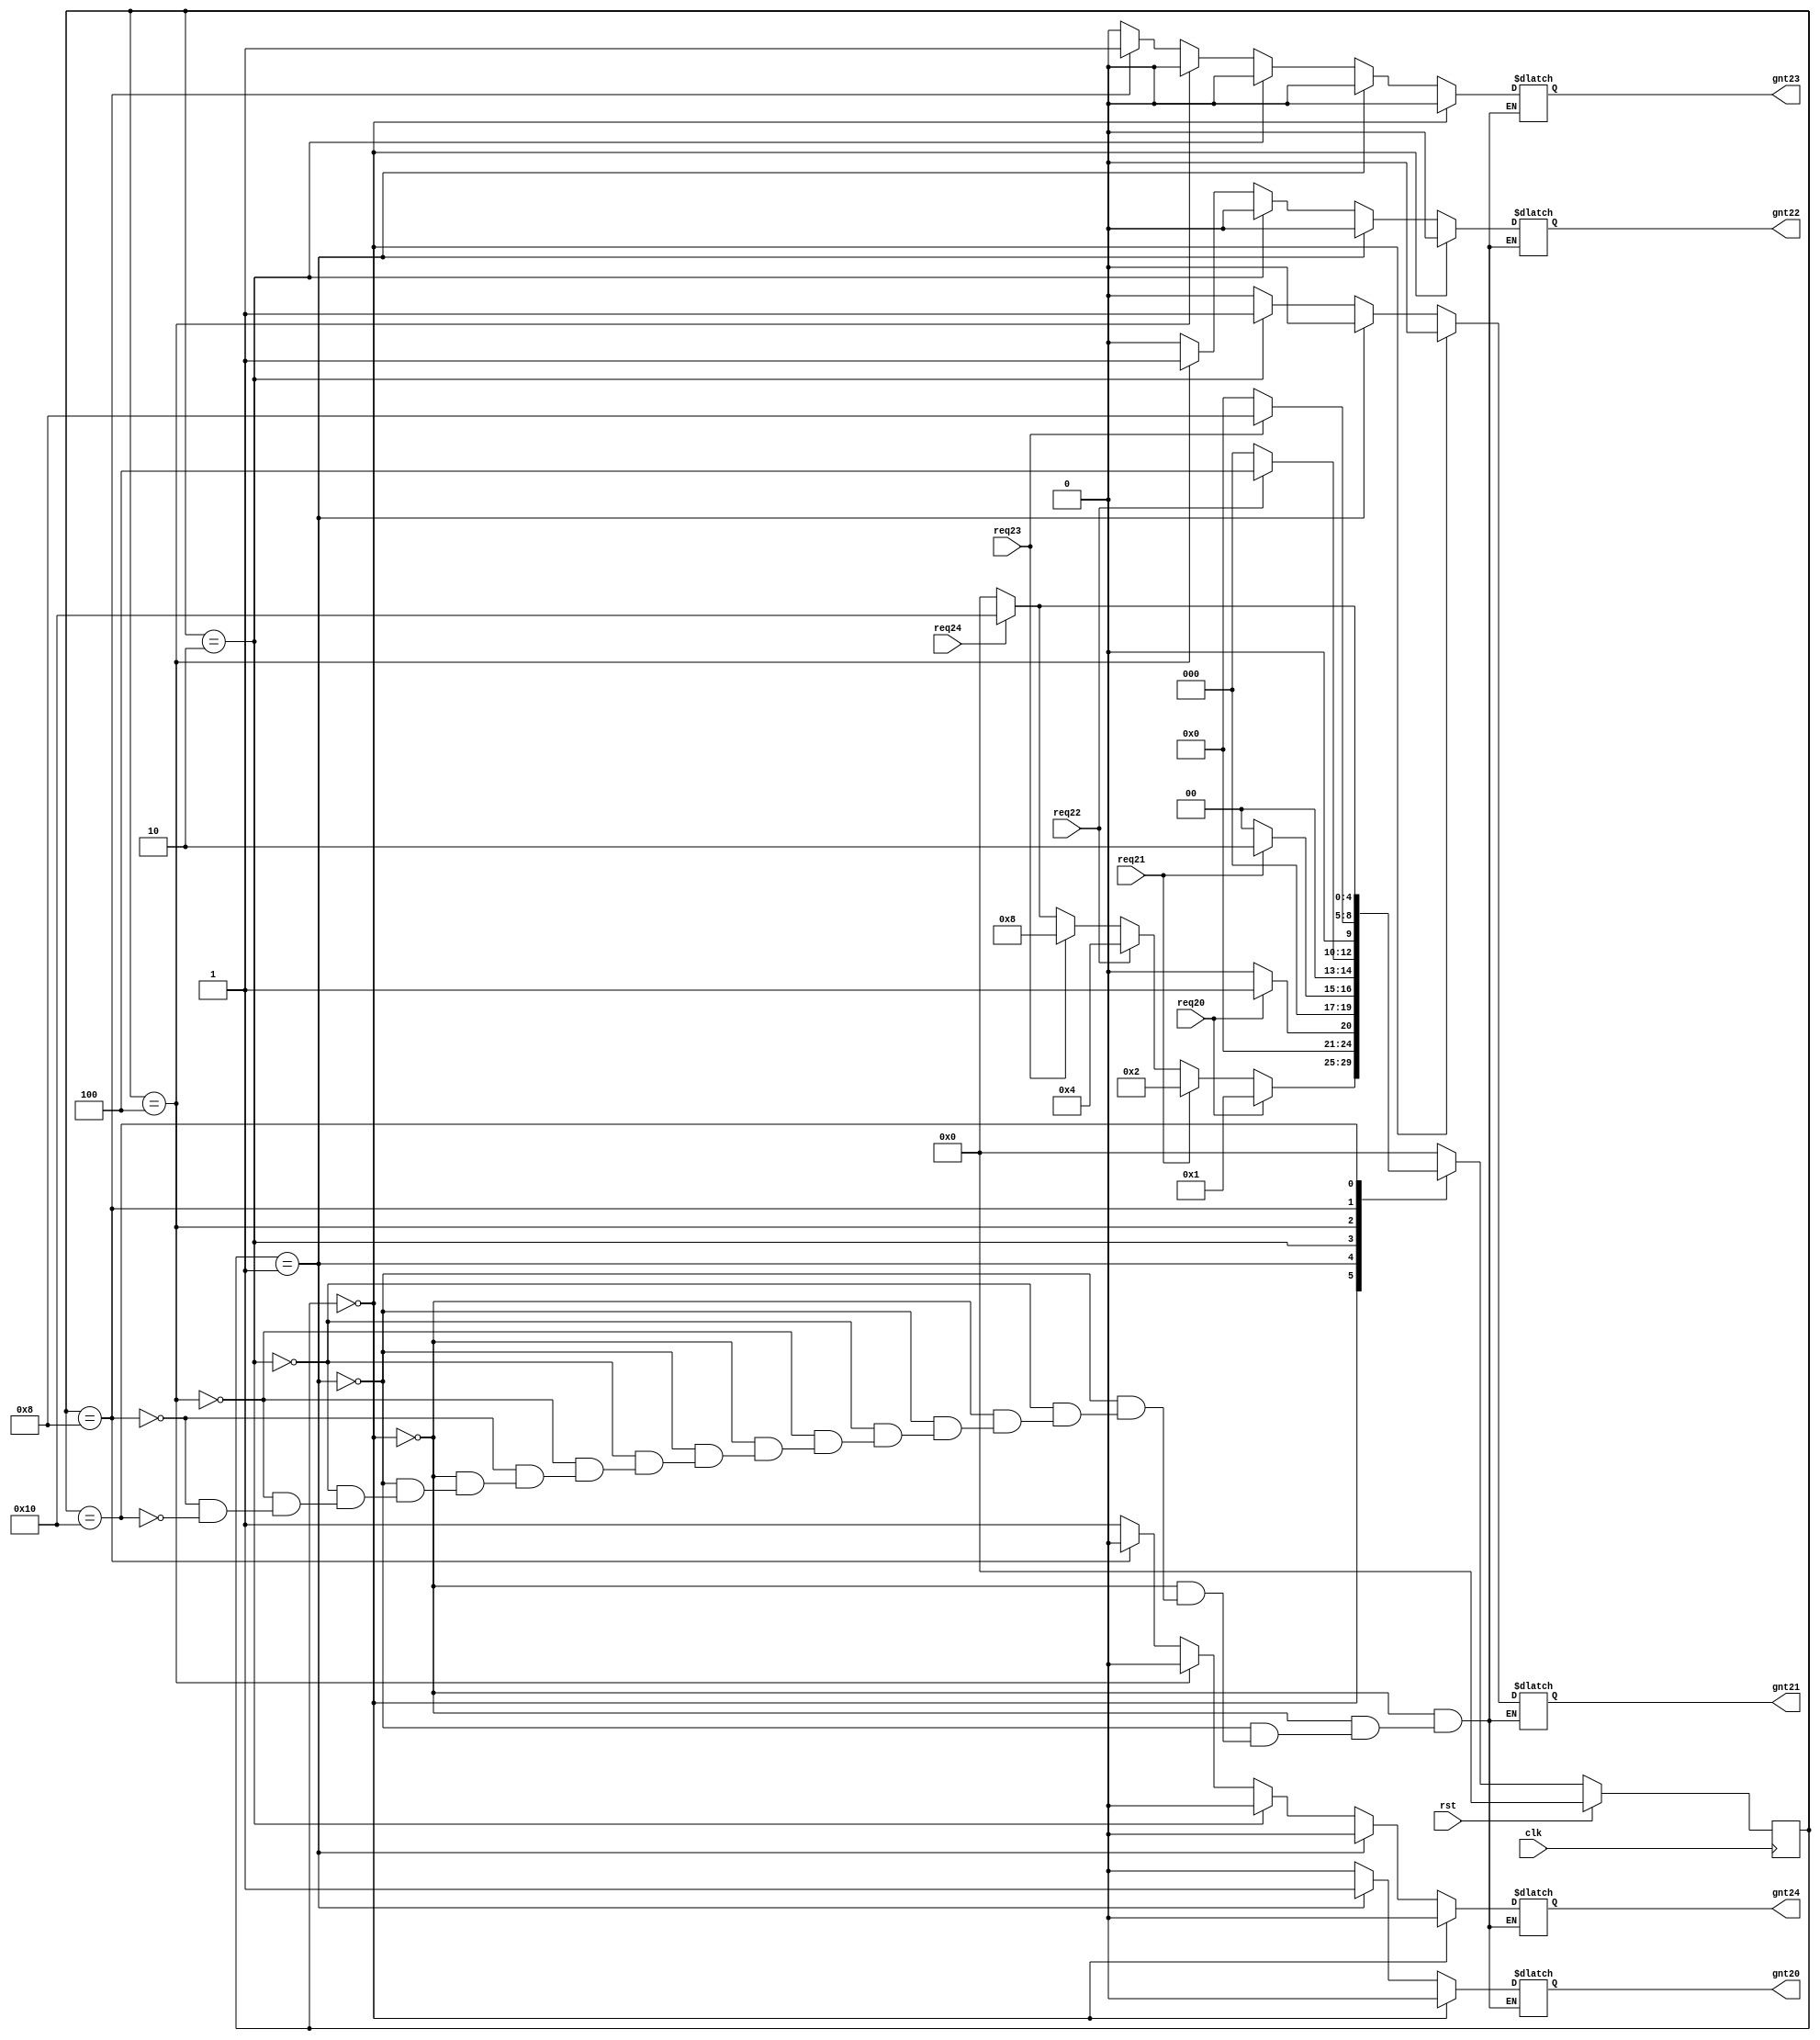
`timescale 1ns / 1ps
//////////////////////////////////////////////////////////////////////////////////
// Company: 
// Engineer: 
// 
// Design Name: 
// Module Name:    arbiter2 
// Project Name: 
// Target Devices: 
// Tool versions: 
// Description: 
//
// Dependencies: 
//
// Revision: 
// Revision 0.01 - File Created
// Additional Comments: 
//
//////////////////////////////////////////////////////////////////////////////////
module arbiterR12(gnt24,gnt23,gnt22,gnt21,gnt20,req24,req23,req22,req21,req20,clk,rst);

   output reg gnt24,gnt23,gnt22,gnt21,gnt20;
   input      req24,req23,req22,req21,req20;
   input      clk,rst;

   parameter idle=5'b00000;
   parameter GNT4=5'b10000;
	parameter GNT3=5'b01000;
   parameter GNT2=5'b00100;
   parameter GNT1=5'b00010;
   parameter GNT0=5'b00001;
	
	

   reg [4:0]  state,next_state;

   always @ (posedge clk)
     begin
    if(rst)
      state=idle;
    else
      state=next_state;
     end

   always @ (state,req24,req23,req22,req21,req20)
     begin
    next_state=0;

    case (state)

      idle:begin

         if(req20)
           next_state=GNT0;
         else if(req21)
           next_state=GNT1;
         else if(req22)
           next_state=GNT2;
         else if(req23)
           next_state=GNT3;
			else if(req24)
           next_state=GNT4;
         else
           next_state=idle;
      end // case: idle

      GNT0:begin

         if(req20)
           next_state=GNT0;
         else
           next_state=idle;
      end

      GNT1:begin
         if(req21)
           next_state=GNT1;
         else
           next_state=idle;
      end

      GNT2:begin
         if(req22)
           next_state=GNT2;
         else
           next_state=idle;
      end

      GNT3:begin
         if(req23)
           next_state=GNT3;
         else
           next_state=idle;
      end
		
		 GNT4:begin
         if(req24)
           next_state=GNT4;
         else
           next_state=idle;
      end
		
    endcase // case (state)
     end // always @ (state,req3,req2,req1,req0)

always @ (state)
  begin
     if(state==idle)
       begin
		 gnt24=0;
      gnt23=0;
      gnt22=0;
      gnt21=0;
      gnt20=0;
       end
     else if(state==GNT0)
       begin
      gnt24=0;
		gnt23=0;
      gnt22=0;
      gnt21=0;
      gnt20=1;
       end
     else if(state==GNT1)
       begin
      gnt24=0;
		gnt23=0;
      gnt22=0;
      gnt21=1;
      gnt20=0;
       end
     else if(state==GNT2)
       begin
      gnt24=0;
		gnt23=0;
      gnt22=1;
      gnt21=0;
      gnt20=0;
       end
     else if(state==GNT3)
       begin
      gnt24=0;
		gnt23=1;
      gnt22=0;
      gnt21=0;
      gnt20=0;
     end
	  else if(state==GNT4)
       begin
      gnt24=1;
		gnt23=0;
      gnt22=0;
      gnt21=0;
      gnt20=0;
     end
	  
  end // always @ (state)



endmodule